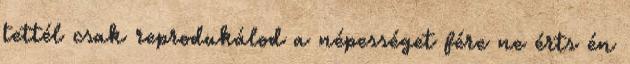
tettél csak reprodukálod a népességet fére ne érts én